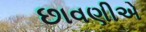
છાવણીએ